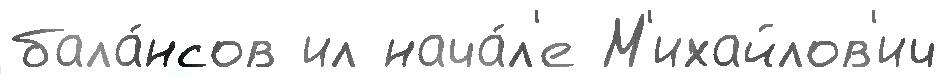
бала́нсов ил нача́л'е М'ихайлов'ич